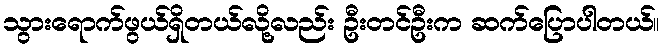
သွားရောက်ဖွယ်ရှိတယ်လို့လည်း ဦးတင်ဦးက ဆက်ပြောပါတယ်။